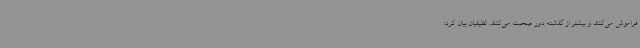
فراموش می‌کنند و بیشتر از گذشته دور صحبت می‌کنند. لطیفیان بیان کرد: